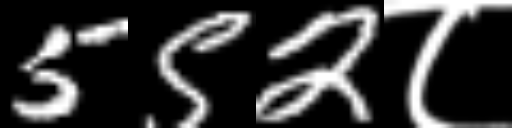
Text: 552८